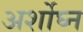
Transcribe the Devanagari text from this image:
अर्शोघ्न